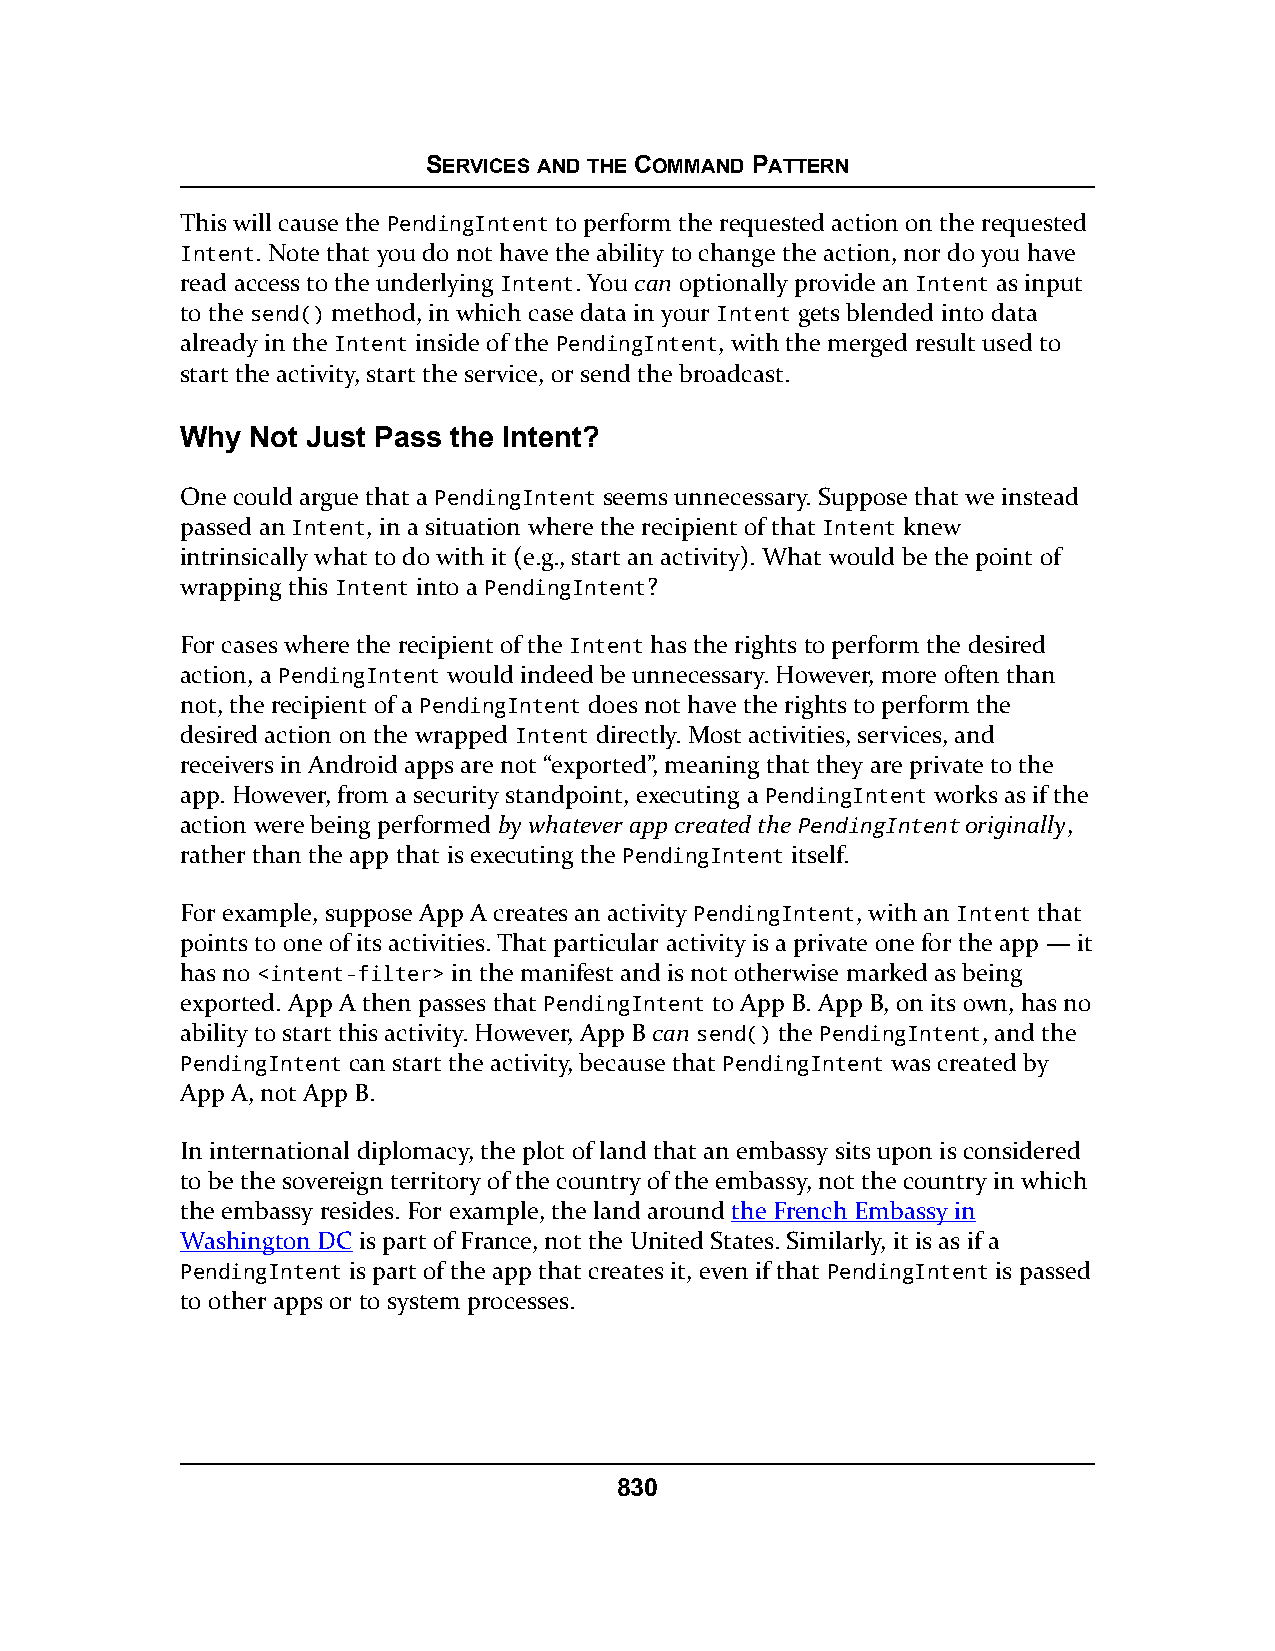
SERVICES AND THE COMMAND PATTERN
 This will cause the PendingIntent to perform the requested action on the requested
 Intent. Note that you do not have the ability to change the action, nor do you have
 read access to the underlying Intent. You can optionally provide an Intent as input
 to the send() method, in which case data in your Intent gets blended into data
 already in the Intent inside of the PendingIntent, with the merged result used to
 start the activity, start the service, or send the broadcast.
 Why  Not Just Pass the Intent?
 One could argue that a PendingIntent seems unnecessary. Suppose that we instead
 passed an Intent, in a situation where the recipient of that Intent knew
 intrinsically what to do with it (e.g., start an activity). What would be the point of
 wrapping this Intent into a PendingIntent?
 For cases where the recipient of the Intent has the rights to perform the desired
 action, a PendingIntent would indeed be unnecessary. However, more often than
 not, the recipient of a PendingIntent does not have the rights to perform the
 desired action on the wrapped Intent directly. Most activities, services, and
 receivers in Android apps are not “exported”, meaning that they are private to the
 app. However, from a security standpoint, executing a PendingIntent works as if the
 action were being performed by whatever app created thePendingIntentoriginally,
 rather than the app that is executing the PendingIntent itself.
 For example, suppose App A creates an activity PendingIntent, with an Intent that
 points to one of its activities. That particular activity is a private one for the app — it
 has no <intent-filter> in the manifest and is not otherwise marked as being
 exported. App A then passes that PendingIntent to App B. App B, on its own, has no
 ability to start this activity. However, App B can send() the PendingIntent, and the
 PendingIntent can start the activity, because that PendingIntent was created by
 App A, not App B.
 In international diplomacy, the plot of land that an embassy sits upon is considered
 to be the sovereign territory of the country of the embassy, not the country in which
 the embassy resides. For example, the land around the French Embassy in
 Washington DC is part of France, not the United States. Similarly, it is as if a
 PendingIntent is part of the app that creates it, even if that PendingIntent is passed
 to other apps or to system processes.
 830